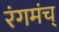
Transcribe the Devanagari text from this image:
रंगमंच्